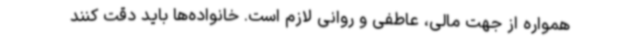
همواره از جهت مالی، عاطفی و روانی لازم است. خانواده‌ها باید دقت کنند